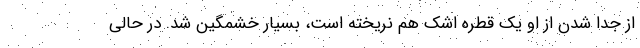
از جدا شدن از او یک قطره اشک هم نریخته است، بسیار خشمگین شد. در حالی